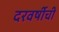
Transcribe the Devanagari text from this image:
दरवर्षीची